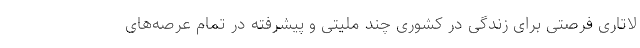
لاتاری فرصتی برای زندگی در کشوری چند ملیتی و پیشرفته در تمام عرصه‌های